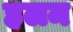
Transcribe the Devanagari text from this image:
हलम